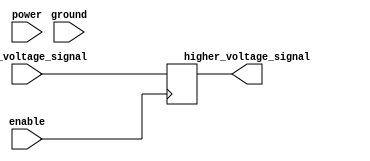
module io_voltage_level_shifter(
    input wire lower_voltage_signal,
    output wire higher_voltage_signal,
    input wire enable,
    input wire power,
    input wire ground
);

// Input buffer
assign input_buffer = lower_voltage_signal;

// Level shifting logic
always @ (posedge enable)
begin
    if(enable)
    begin
        higher_voltage_signal <= input_buffer; // Level shifting logic goes here
    end
end

// Output buffer
assign higher_voltage_signal = output_buffer;

endmodule